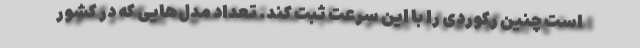
است چنین رکوردی را با این سرعت ثبت کند. تعداد مدل‌هایی که در کشور